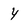
Character: y